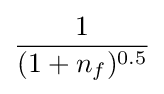
{\frac {1}{(1+n_{f})^{0.5}}}